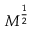
M ^ { \frac { 1 } { 2 } }